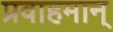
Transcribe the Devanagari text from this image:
प्रवाहमान्